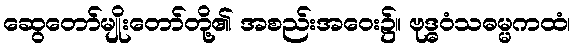
ဆွေတော်မျိုးတော်တို့၏ အစည်းအဝေး၌။ ဗုဒ္ဓဝံသဓမ္မကထံ၊